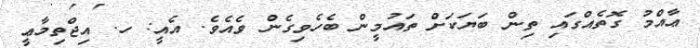
ޢާއްމު ގޮތެއްގައި ތިން ބަޔަކަށް ތައުމީން ބެހެވިގެން ވެއެވެ. އެއީ: ހ. އިޖްތިމާޢީ